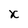
Character: x